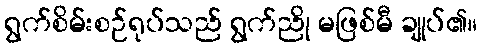
ရွက်စိမ်းစဉ်ရုပ်သည် ရွက်ညို မဖြစ်မီ ချုပ်၏။